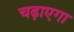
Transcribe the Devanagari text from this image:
चढ़ाएगा